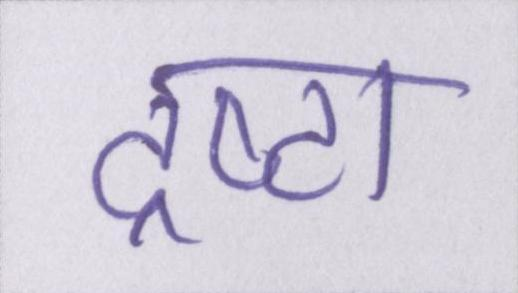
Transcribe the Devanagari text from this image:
द्रष्टा